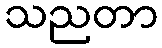
သညတာ